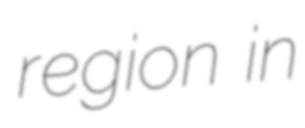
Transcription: region in